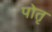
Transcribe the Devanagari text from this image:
पोतृ